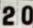
20